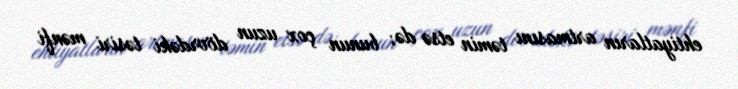
ehtiyatların artmasını təmin etsə də; bunun çox uzun dövrdəki təsiri mənfi